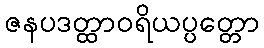
ဇနပဒတ္ထာဝရိယပ္ပတ္တော